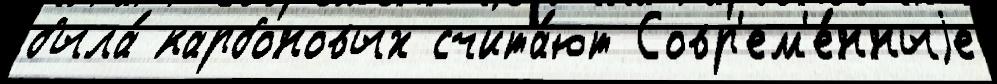
была́ карбоновых счита́ют Совр'ем'е́нныjе